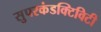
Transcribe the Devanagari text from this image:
सुपरकंडक्टिविटी